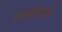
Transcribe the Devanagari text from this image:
टाकळीहाजी